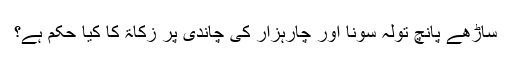
ساڑھے پانچ تولہ سونا اور چارہزار کی چاندی پر زکاۃ کا کیا حکم ہے؟